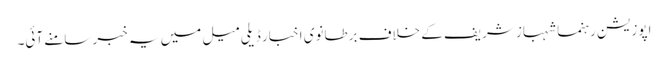
اپوزیشن رہنما شہباز شریف کے خلاف برطانوی اخبار ڈیلی میل میں یہ خبر سامنے آئی۔